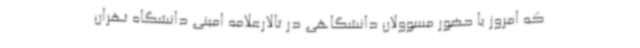
که امروز با حضور مسوولان دانشگاهی در تالارعلامه امینی دانشگاه تهران